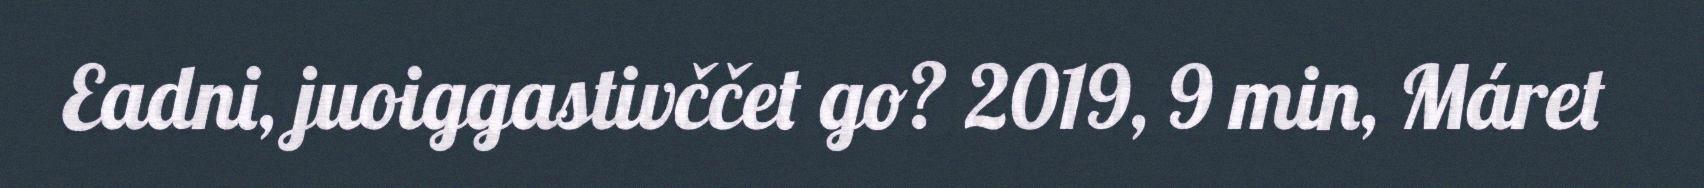
Eadni, juoiggastivččet go? 2019, 9 min, Máret